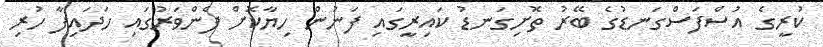
ކުރީގެ އުސްފަސްގަނޑުގެ ބޭރު ތޮށިގަނޑު ކައިރީގައި ފަނުން ހިޔާކޮށް ފެންވަރުގައި ހަދައިފާ ހުރި